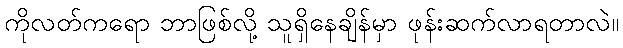
ကိုလတ်ကရော ဘာဖြစ်လို့ သူရှိနေချိန်မှာ ဖုန်းဆက်လာရတာလဲ။